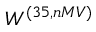
W ^ { ( 3 5 , n M V ) }